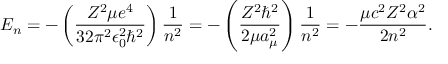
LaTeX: E _ { n } = - \left( { \frac { Z ^ { 2 } \mu e ^ { 4 } } { 3 2 \pi ^ { 2 } \epsilon _ { 0 } ^ { 2 } \hbar ^ { 2 } } } \right) { \frac { 1 } { n ^ { 2 } } } = - \left( { \frac { Z ^ { 2 } \hbar ^ { 2 } } { 2 \mu a _ { \mu } ^ { 2 } } } \right) { \frac { 1 } { n ^ { 2 } } } = - { \frac { \mu c ^ { 2 } Z ^ { 2 } \alpha ^ { 2 } } { 2 n ^ { 2 } } } .